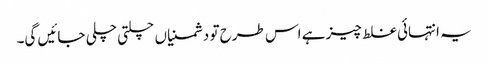
یہ انتہائی غلط چیز ہے اس طرح تو دشمنیاں چلتی چلی جائیں گی۔